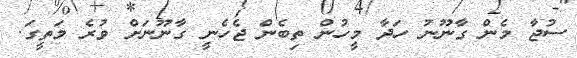
ސުޖާ މެން ގާނޫނު ހަދާ މީހުން ތިބެން ޖެހެނީ ގާނޫނަށް ވުރެ މަތީގަ.